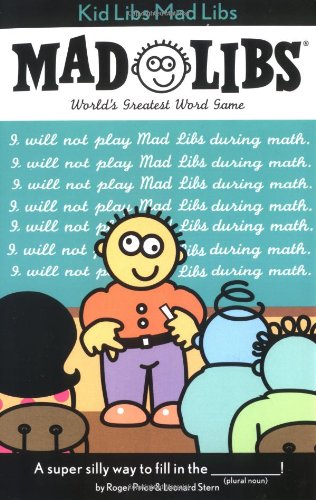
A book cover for Kid Libs Mad Libs; Roger Price; Children's Books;